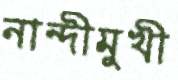
নান্দীমুখী